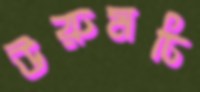
উরুমচি